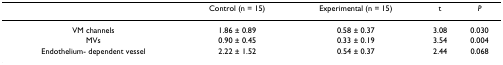
<table><thead><tr><td></td><td><b>Control (n = 15)</b></td><td><b>Experimental (n = 15)</b></td><td><b>t</b></td><td><b><i>P</i></b></td></tr></thead><tbody><tr><td>VM channels</td><td>1.86 ± 0.89</td><td>0.58 ± 0.37</td><td>3.08</td><td>0.030</td></tr><tr><td>MVs</td><td>0.90 ± 0.45</td><td>0.33 ± 0.19</td><td>3.54</td><td>0.004</td></tr><tr><td>Endothelium- dependent vessel</td><td>2.22 ± 1.52</td><td>0.54 ± 0.37</td><td>2.44</td><td>0.068</td></tr></tbody></table>